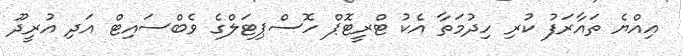
އިއްޔެ ތައާރަފު ކުރި ހިދުމަތާ އެކު ޓްރީޓޮޕް ހޮސްޕިޓަލްގެ ވެބްސައިޓް އަދި އުރީދޫ